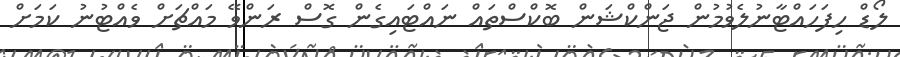
ލޯޑް ހިފަހައްޓާނުލެވުމުން ޖަންކްޝަން ބޮކްސްތައް ނައްޓައިގެން ގޮސް ރަންވޭ މައްޗަށް ވެއްޓުނު ކަމަށް